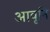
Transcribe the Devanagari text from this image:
आवृनि